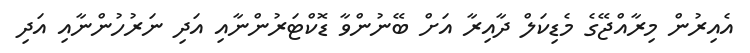
އެއިރުން މިރާއްޖޭގެ މެޑިކަލް ދާއިރާ އަށް ބޭނުންވާ ޑޮކްޓަރުންނާއި އަދި ނަރުހުންނާއި އަދި